Civil Veterinary Department Bihar & Orissa reports 1911-21 - 1911-1921
Year: 1911
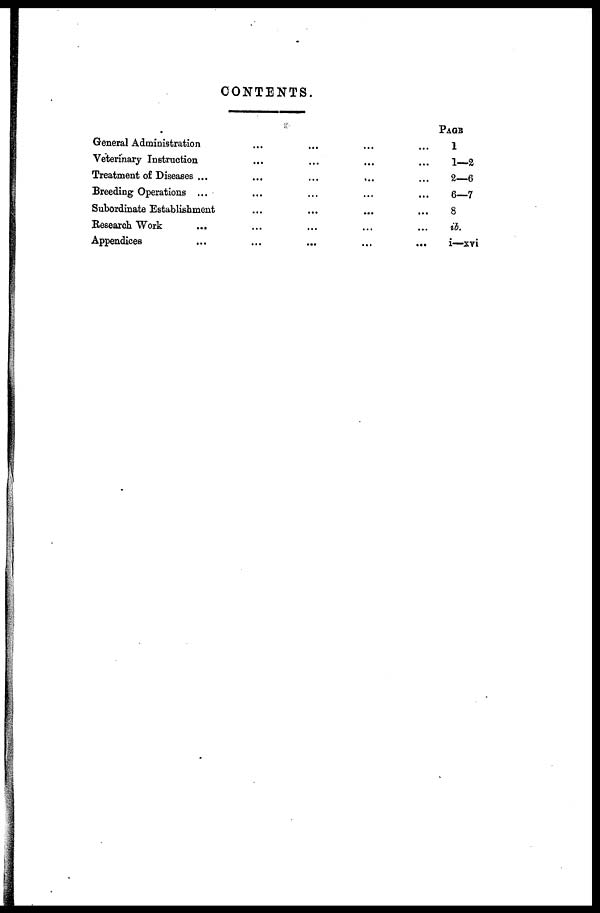
CONTENTS.
General Administration ... ... ... ...
Veterinary Instruction ... ... ... ...
Treatment of Diseases ... … … ...
Breeding Operations ... … … ...
Subordinate Establishment ... ... ... ...
Research Work
... … … ...
Appendices ... ... ... ... ...
PAGE
1
1—2
2—6
6—7
8
ib.
i—xvi